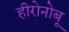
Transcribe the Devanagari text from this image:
हीरोनोबू